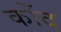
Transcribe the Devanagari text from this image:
कोंद